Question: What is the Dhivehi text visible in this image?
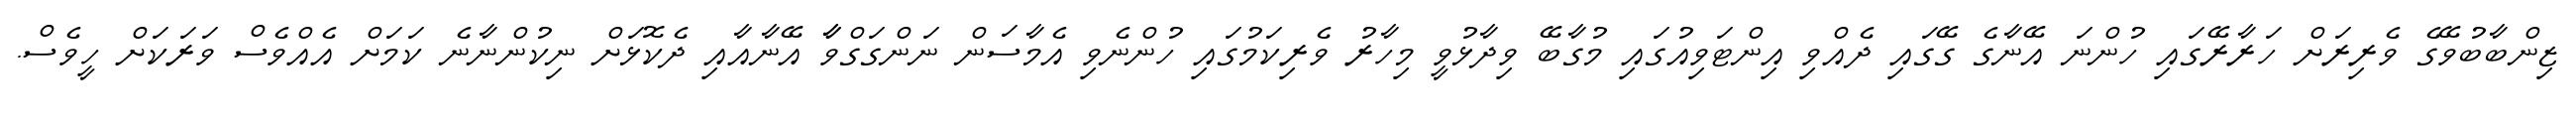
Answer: ޒިންބާބުވޭގެ ވެރިރަށް ހަރާރޭގައި ހުންނަ އޭނާގެ ގޭގައި ދެއްވި އިންޓަވިއުގައި މުގާބޭ ވިދާޅުވީ މިހާރު ވެރިކަމުގައި ހުންނެވި އެމާސަން ނަންގަގްވާާ އޭނާއާއި ދެކޮޅަށް ނިކުންނާނެ ކަމަށް އެއްވެސް ވަރަކަށް ހީވެސް.